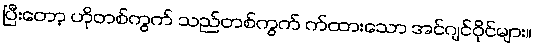
ပြီးတော့ ဟိုတစ်ကွက် သည်တစ်ကွက် က်ထားသော အင်ဂျင်ဝိုင်များ။